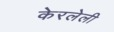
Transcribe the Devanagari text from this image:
केरलेली